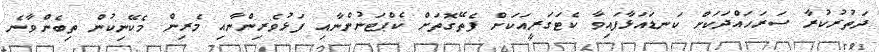
ދަތުރުކުރާ ސަރަހައްދަކަށް ކަނޑައަޅާފައިވާ ކެޓަގަރީއަކަށް ފެތޭގޮތަށް ކެޕްޓަނުންނާއި ފަޅުވެރިންނާއި މެރިން މެކޭނިކުން ތިބެންވާނެ